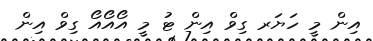
އިން މީ ހަޔަރ ގިވް އިން ޓު މީ އޯއޯއޯ ގިވް އިން